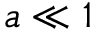
a \ll 1